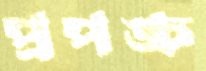
প্রপঙ্চ